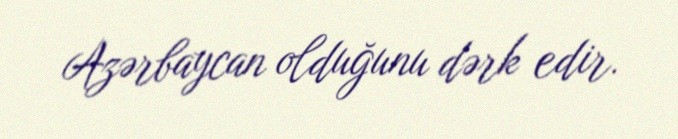
Azərbaycan olduğunu dərk edir.